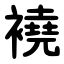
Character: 襓